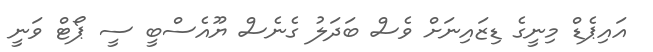
އައިޕެޑް މިނީގެ ޑިޒައިނަށް ވެސް ބަދަލު ގެނެސް ޔޫއެސްބީ ސީ ޕޯޓް ވަނީ